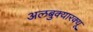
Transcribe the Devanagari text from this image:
अलबुक्यारक्यू